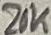
Text: 20K